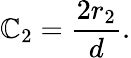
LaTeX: \mathbb{C}_{2}=\frac{{2r_{2}}}{{d}}.